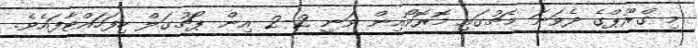
މި ގްރޫޕްގެ ދެވަނަ މެޗުގައި މޮރޮކޯއިން ވަނީ 2-2 އިން ޕޯޗުގަލް ހިފަހައްޓާފައެވެ.